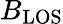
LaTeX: B_{\mathrm{LOS}}